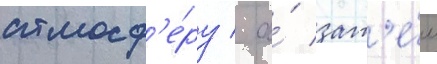
атмосф'е́ру / а́ зат'е́м